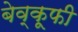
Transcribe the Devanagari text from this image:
बेव्कूफी